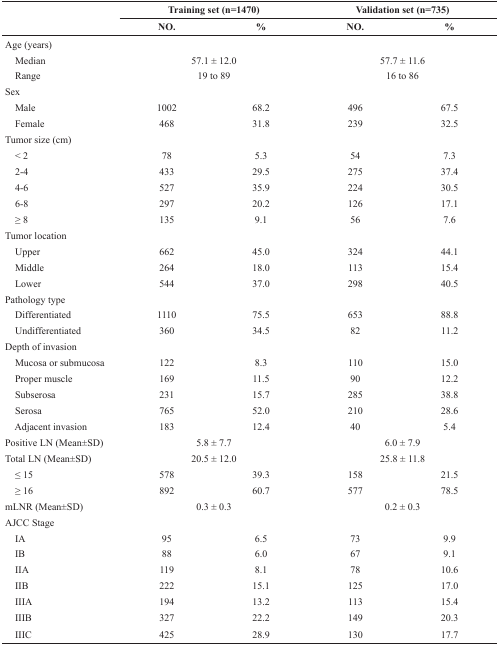
<table><thead><tr><td></td><td colspan="2"><b>Training set (n=1470)</b></td><td colspan="2"><b>Validation set (n=735)</b></td></tr><tr><td></td><td><b>NO.</b></td><td><b>%</b></td><td><b>NO.</b></td><td><b>%</b></td></tr></thead><tbody><tr><td>Age (years)</td><td></td><td></td><td></td><td></td></tr><tr><td> Median</td><td colspan="2">57.1±12.0</td><td colspan="2">57.7±11.6</td></tr><tr><td> Range</td><td colspan="2">19 to 89</td><td colspan="2">16 to 86</td></tr><tr><td>Sex</td><td></td><td></td><td></td><td></td></tr><tr><td> Male</td><td>1002</td><td>68.2</td><td>496</td><td>67.5</td></tr><tr><td> Female</td><td>468</td><td>31.8</td><td>239</td><td>32.5</td></tr><tr><td>Tumor size (cm)</td><td></td><td></td><td></td><td></td></tr><tr><td> &lt; 2</td><td>78</td><td>5.3</td><td>54</td><td>7.3</td></tr><tr><td> 2-4</td><td>433</td><td>29.5</td><td>275</td><td>37.4</td></tr><tr><td> 4-6</td><td>527</td><td>35.9</td><td>224</td><td>30.5</td></tr><tr><td> 6-8</td><td>297</td><td>20.2</td><td>126</td><td>17.1</td></tr><tr><td> ≥ 8</td><td>135</td><td>9.1</td><td>56</td><td>7.6</td></tr><tr><td>Tumor location</td><td></td><td></td><td></td><td></td></tr><tr><td> Upper</td><td>662</td><td>45.0</td><td>324</td><td>44.1</td></tr><tr><td> Middle</td><td>264</td><td>18.0</td><td>113</td><td>15.4</td></tr><tr><td> Lower</td><td>544</td><td>37.0</td><td>298</td><td>40.5</td></tr><tr><td>Pathology type</td><td></td><td></td><td></td><td></td></tr><tr><td> Differentiated</td><td>1110</td><td>75.5</td><td>653</td><td>88.8</td></tr><tr><td> Undifferentiated</td><td>360</td><td>34.5</td><td>82</td><td>11.2</td></tr><tr><td>Depth of invasion</td><td></td><td></td><td></td><td></td></tr><tr><td> Mucosa or submucosa</td><td>122</td><td>8.3</td><td>110</td><td>15.0</td></tr><tr><td> Proper muscle</td><td>169</td><td>11.5</td><td>90</td><td>12.2</td></tr><tr><td> Subserosa</td><td>231</td><td>15.7</td><td>285</td><td>38.8</td></tr><tr><td> Serosa</td><td>765</td><td>52.0</td><td>210</td><td>28.6</td></tr><tr><td> Adjacent invasion</td><td>183</td><td>12.4</td><td>40</td><td>5.4</td></tr><tr><td>Positive LN (Mean±SD)</td><td colspan="2">5.8±7.7</td><td colspan="2">6.0±7.9</td></tr><tr><td>Total LN (Mean±SD)</td><td colspan="2">20.5±12.0</td><td colspan="2">25.8±11.8</td></tr><tr><td> ≤ 15</td><td>578</td><td>39.3</td><td>158</td><td>21.5</td></tr><tr><td> ≥ 16</td><td>892</td><td>60.7</td><td>577</td><td>78.5</td></tr><tr><td>mLNR (Mean±SD)</td><td colspan="2">0.3±0.3</td><td colspan="2">0.2±0.3</td></tr><tr><td>AJCC Stage</td><td></td><td></td><td></td><td></td></tr><tr><td> IA</td><td>95</td><td>6.5</td><td>73</td><td>9.9</td></tr><tr><td> IB</td><td>88</td><td>6.0</td><td>67</td><td>9.1</td></tr><tr><td> IIA</td><td>119</td><td>8.1</td><td>78</td><td>10.6</td></tr><tr><td> IIB</td><td>222</td><td>15.1</td><td>125</td><td>17.0</td></tr><tr><td> IIIA</td><td>194</td><td>13.2</td><td>113</td><td>15.4</td></tr><tr><td> IIIB</td><td>327</td><td>22.2</td><td>149</td><td>20.3</td></tr><tr><td> IIIC</td><td>425</td><td>28.9</td><td>130</td><td>17.7</td></tr></tbody></table>